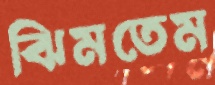
ঝিমতেম